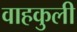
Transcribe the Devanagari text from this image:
वाहकुली